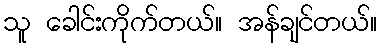
သူ ခေါင်းကိုက်တယ်။ အန်ချင်တယ်။